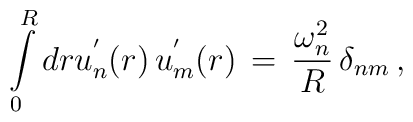
\int\limits_{0}^{R}dr u^{'}_{n}(r)\,u^{'}_{m}(r)\,=\,\frac{\omega_n^2}{R}\,\delta_{nm}\,{,}